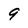
Character: 9